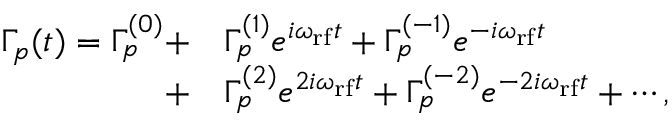
\begin{array} { r l } { \Gamma _ { p } ( t ) = \Gamma _ { p } ^ { ( 0 ) } + } & { \Gamma _ { p } ^ { ( 1 ) } e ^ { i \omega _ { \mathrm { r f } } t } + \Gamma _ { p } ^ { ( - 1 ) } e ^ { - i \omega _ { \mathrm { r f } } t } } \\ { + } & { \Gamma _ { p } ^ { ( 2 ) } e ^ { 2 i \omega _ { \mathrm { r f } } t } + \Gamma _ { p } ^ { ( - 2 ) } e ^ { - 2 i \omega _ { \mathrm { r f } } t } + \cdots , } \end{array}